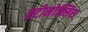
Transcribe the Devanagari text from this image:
स्टोमोक्सिस